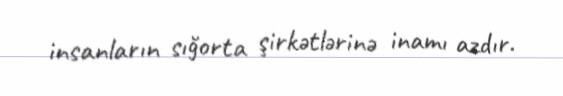
insanların sığorta şirkətlərinə inamı azdır.